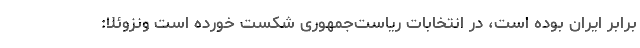
برابر ایران بوده است، در انتخابات ریاست‌جمهوری شکست خورده است ونزوئلا: